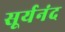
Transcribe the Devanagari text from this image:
सूर्यनंद